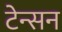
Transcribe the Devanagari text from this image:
टेन्सन